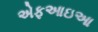
એફઆઇઆ